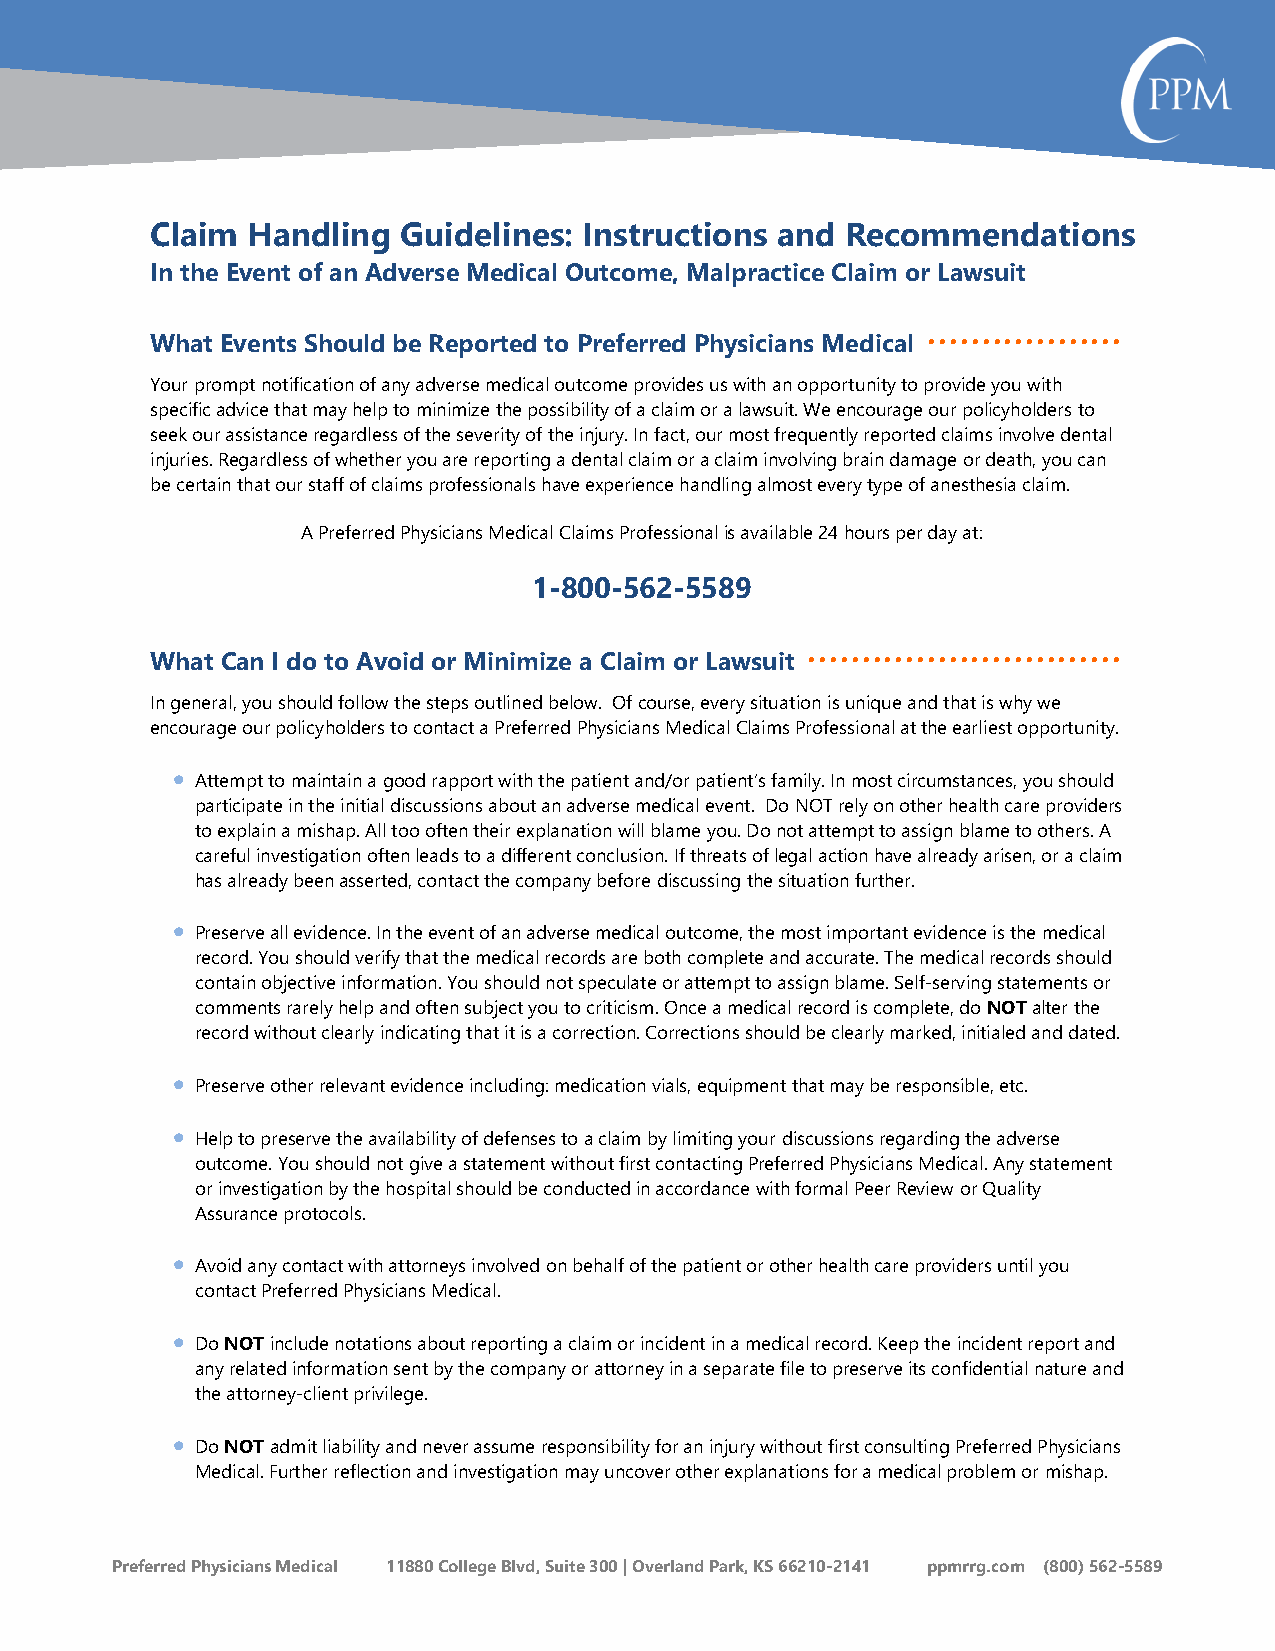
Claim Handling   Guidelines: Instructions and Recommendations
 In the Event of an Adverse Medical Outcome, Malpractice Claim or Lawsuit
 What Events Should be Reported to Preferred Physicians Medical ••••••••••••••••••
 Your prompt notification of any adverse medical outcome provides us with an opportunity to provide you with
 specific advice that may help to minimize the possibility of a claim or a lawsuit. We encourage our policyholders to
 seek our assistance regardless of the severity of the injury. In fact, our most frequently reported claims involve dental
 injuries. Regardless of whether you are reporting a dental claim or a claim involving brain damage or death, you can
 be certain that our staff of claims professionals have experience handling almost every type of anesthesia claim.
 A Preferred Physicians Medical Claims Professional is available 24 hours per day at:
 1-800-562-5589
 What Can I do to Avoid or Minimize a Claim or Lawsuit •••••••••••••••••••••••••••••
 In general, you should follow the steps outlined below. Of course, every situation is unique and that is why we
 encourage our policyholders to contact a Preferred Physicians Medical Claims Professional at the earliest opportunity.
 •
 Attempt to maintain a good rapport with the patient and/or patient’s family. In most circumstances, you should
 participate in the initial discussions about an adverse medical event. Do NOT rely on other health care providers
 to explain a mishap. All too often their explanation will blame you. Do not attempt to assign blame to others. A
 careful investigation often leads to a different conclusion. If threats of legal action have already arisen, or a claim
 has already been asserted, contact the company before discussing the situation further.
 •
 Preserve all evidence. In the event of an adverse medical outcome, the most important evidence is the medical
 record. You should verify that the medical records are both complete and accurate. The medical records should
 contain objective information. You should not speculate or attempt to assign blame. Self-serving statements or
 comments rarely help and often subject you to criticism. Once a medical record is complete, do NOT alter the
 record without clearly indicating that it is a correction. Corrections should be clearly marked, initialed and dated.
 •
 Preserve other relevant evidence including: medication vials, equipment that may be responsible, etc.
 •
 Help to preserve the availability of defenses to a claim by limiting your discussions regarding the adverse
 outcome. You should not give a statement without first contacting Preferred Physicians Medical. Any statement
 or investigation by the hospital should be conducted in accordance with formal Peer Review or Quality
 Assurance protocols.
 •
 Avoid any contact with attorneys involved on behalf of the patient or other health care providers until you
 contact Preferred Physicians Medical.
 •
 Do NOT include notations about reporting a claim or incident in a medical record. Keep the incident report and
 any related information sent by the company or attorney in a separate file to preserve its confidential nature and
 the attorney-client privilege.
 •
 Do NOT admit liability and never assume responsibility for an injury without first consulting Preferred Physicians
 Medical. Further reflection and investigation may uncover other explanations for a medical problem or mishap.
 Preferred Physicians Medical 11880 College Blvd, Suite 300 | Overland Park, KS 66210-2141 ppmrrg.com (800) 562-5589